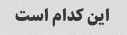
این کدام است